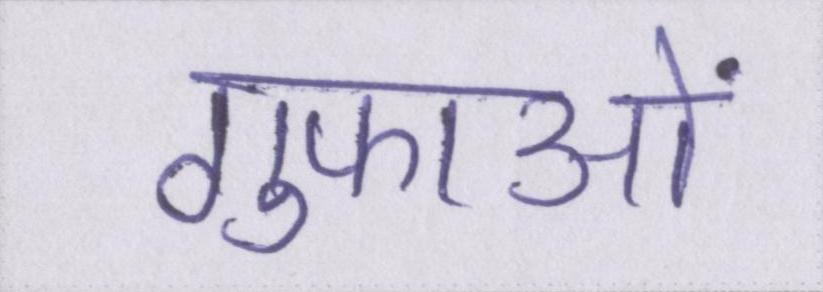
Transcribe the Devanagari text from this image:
गुफाओं